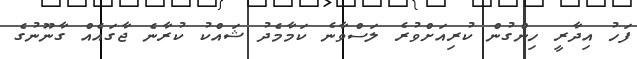
ފަހު އިދާރީ ހިންގުން ކުރިއަށްވުރެ ލަސްވާނެ ކަމާމެދު ޝައްކު ކުރާނެ ޖާގައެއް ގާނޫނުގެ